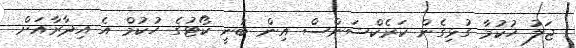
ޖަލު ހުކުމާ ގުޅިގެން ކަރެކްޝަންސް އިން ބުނީ ކޯޓުގެ ހުކުމް އެ އިދާރާއަށް